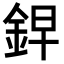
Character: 𮡲